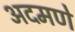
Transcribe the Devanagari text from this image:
अदमणे